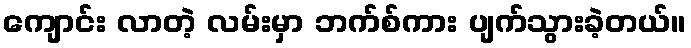
ကျောင်း လာတဲ့ လမ်းမှာ ဘက်စ်ကား ပျက်သွားခဲ့တယ်။